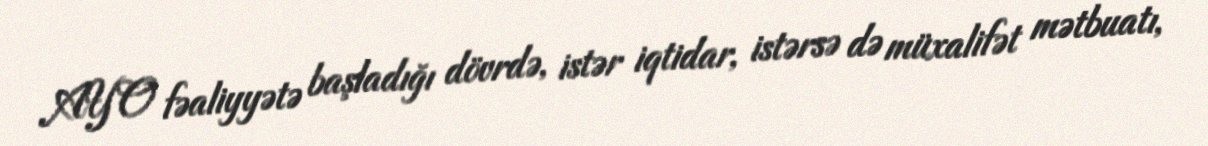
AYO fəaliyyətə başladığı dövrdə, istər iqtidar, istərsə də müxalifət mətbuatı,